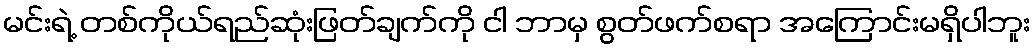
မင်းရဲ့ တစ်ကိုယ်ရည်ဆုံးဖြတ်ချက်ကို ငါ ဘာမှ စွတ်ဖက်စရာ အကြောင်းမရှိပါဘူး